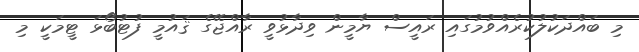
މި ބައްދަކުލުކުރެއްވުމުގައި ރައީސް ޔާމީން ވިދާޅުވީ ރާއްޖޭގެ ޤައުމީ ފުޓުބޯޅަ ޓީމަކީ މި